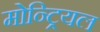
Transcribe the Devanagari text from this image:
मोन्ट्रियल